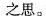
之思。